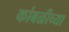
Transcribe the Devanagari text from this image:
कांबळीच्या